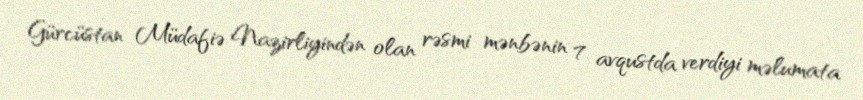
Gürcüstan Müdafiə Nazirliyindən olan rəsmi mənbənin 7 avqustda verdiyi məlumata